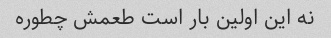
نه این اولین بار است طعمش چطوره